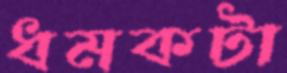
ধমকটা